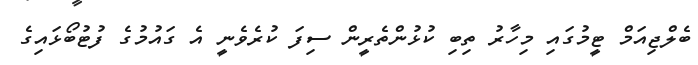
ބެލްޖިއަމް ޓީމުގައި މިހާރު ތިބި ކުޅުންތެރީން ސިފަ ކުރެވެނީ އެ ގައުމުގެ ފުޓުބޯޅައިގެ